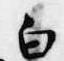
白